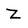
Character: Z